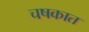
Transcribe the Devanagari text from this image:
चषकात